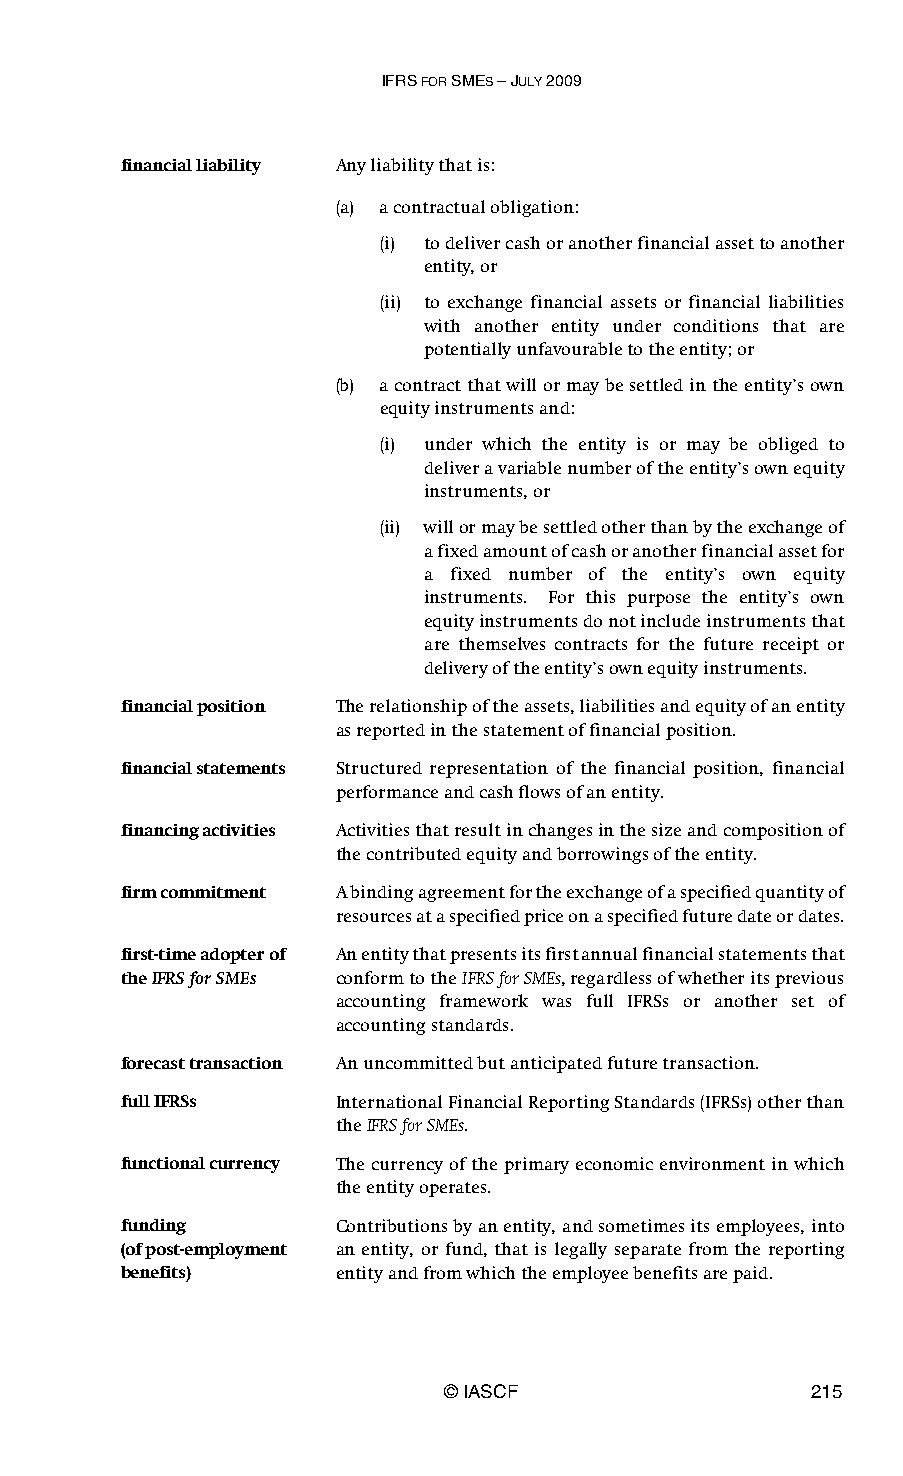
IFRS FOR SMES – JULY 2009
 financial liability Any liability that is:
 (a) a contractual obligation:
 (i) to deliver cash or another financial asset to another
 entity, or
 (ii) to exchange financial assets or financial liabilities
 with another entity under conditions that are
 potentially unfavourable to the entity; or
 (b) a contract that will or may be settled in the entity’s own
 equity instruments and:
 (i) under which the entity is or may be obliged to
 deliver a variable number of the entity’s own equity
 instruments, or
 (ii) will or may be settled other than by the exchange of
 a fixed amount of cash or another financial asset for
 a fixed number of the entity’s own equity
 instruments. For this purpose the entity’s own
 equity instruments do not include instruments that
 are themselves contracts for the future receipt or
 delivery of the entity’s own equity instruments.
 financial position The relationship of the assets, liabilities and equity of an entity
 as reported in the statement of financial position.
 financial statements Structured representation of the financial position, financial
 performance and cash flows of an entity.
 financing activities Activities that result in changes in the size and composition of
 the contributed equity and borrowings of the entity.
 firm commitment A binding agreement for the exchange of a specified quantity of
 resources at a specified price on a specified future date or dates.
 first-time adopter of An entity that presents its first annual financial statements that
 the IFRS for SMEs conform to the IFRS for SMEs, regardless of whether its previous
 accounting framework was full IFRSs or another set of
 accounting standards.
 forecast transaction An uncommitted but anticipated future transaction.
 full IFRSs    International Financial Reporting Standards (IFRSs) other than
 the IFRS for SMEs.
 functional currency The currency of the primary economic environment in which
 the entity operates.
 funding       Contributions by an entity, and sometimes its employees, into
 (of post-employment an entity, or fund, that is legally separate from the reporting
 benefits)     entity and from which the employee benefits are paid.
 © IASCF                 215